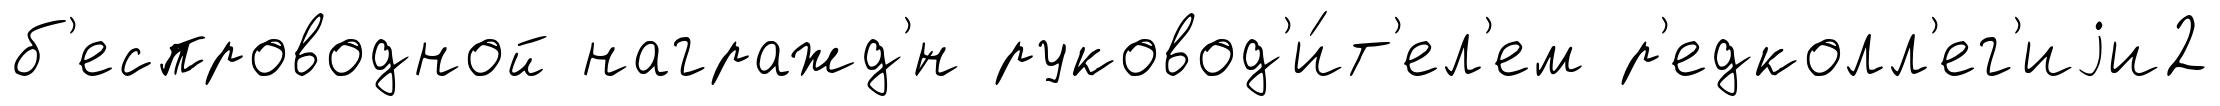
б'еспроводной награжд'́н руковод'и́т'ел'ем р'едколл'ег'иjи2